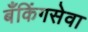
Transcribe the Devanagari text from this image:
बँकिंगसेवा